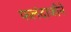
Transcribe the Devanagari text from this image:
फलंदाजीने